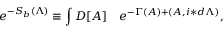
e ^ { - S _ { b } ( \Lambda ) } \equiv \int { \cal D } [ A ] \quad e ^ { - \Gamma ( A ) + ( A , i \ast d \Lambda ) } ,